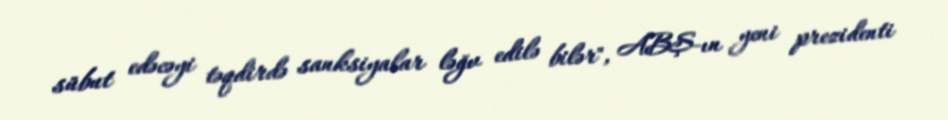
sübut edəcəyi təqdirdə sanksiyalar ləğv edilə bilər", ABŞ-ın yeni prezidenti